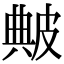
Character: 𤿶